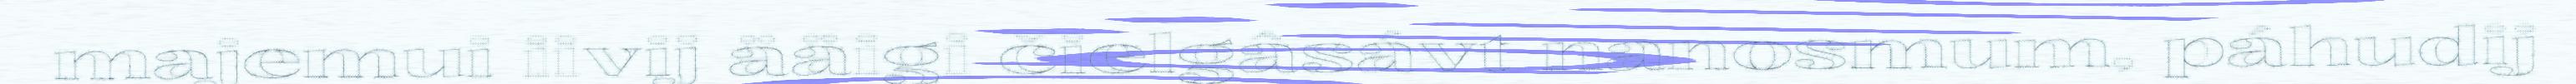
majemui iivij ääigi čielgâsávt nanosmum, páhudij